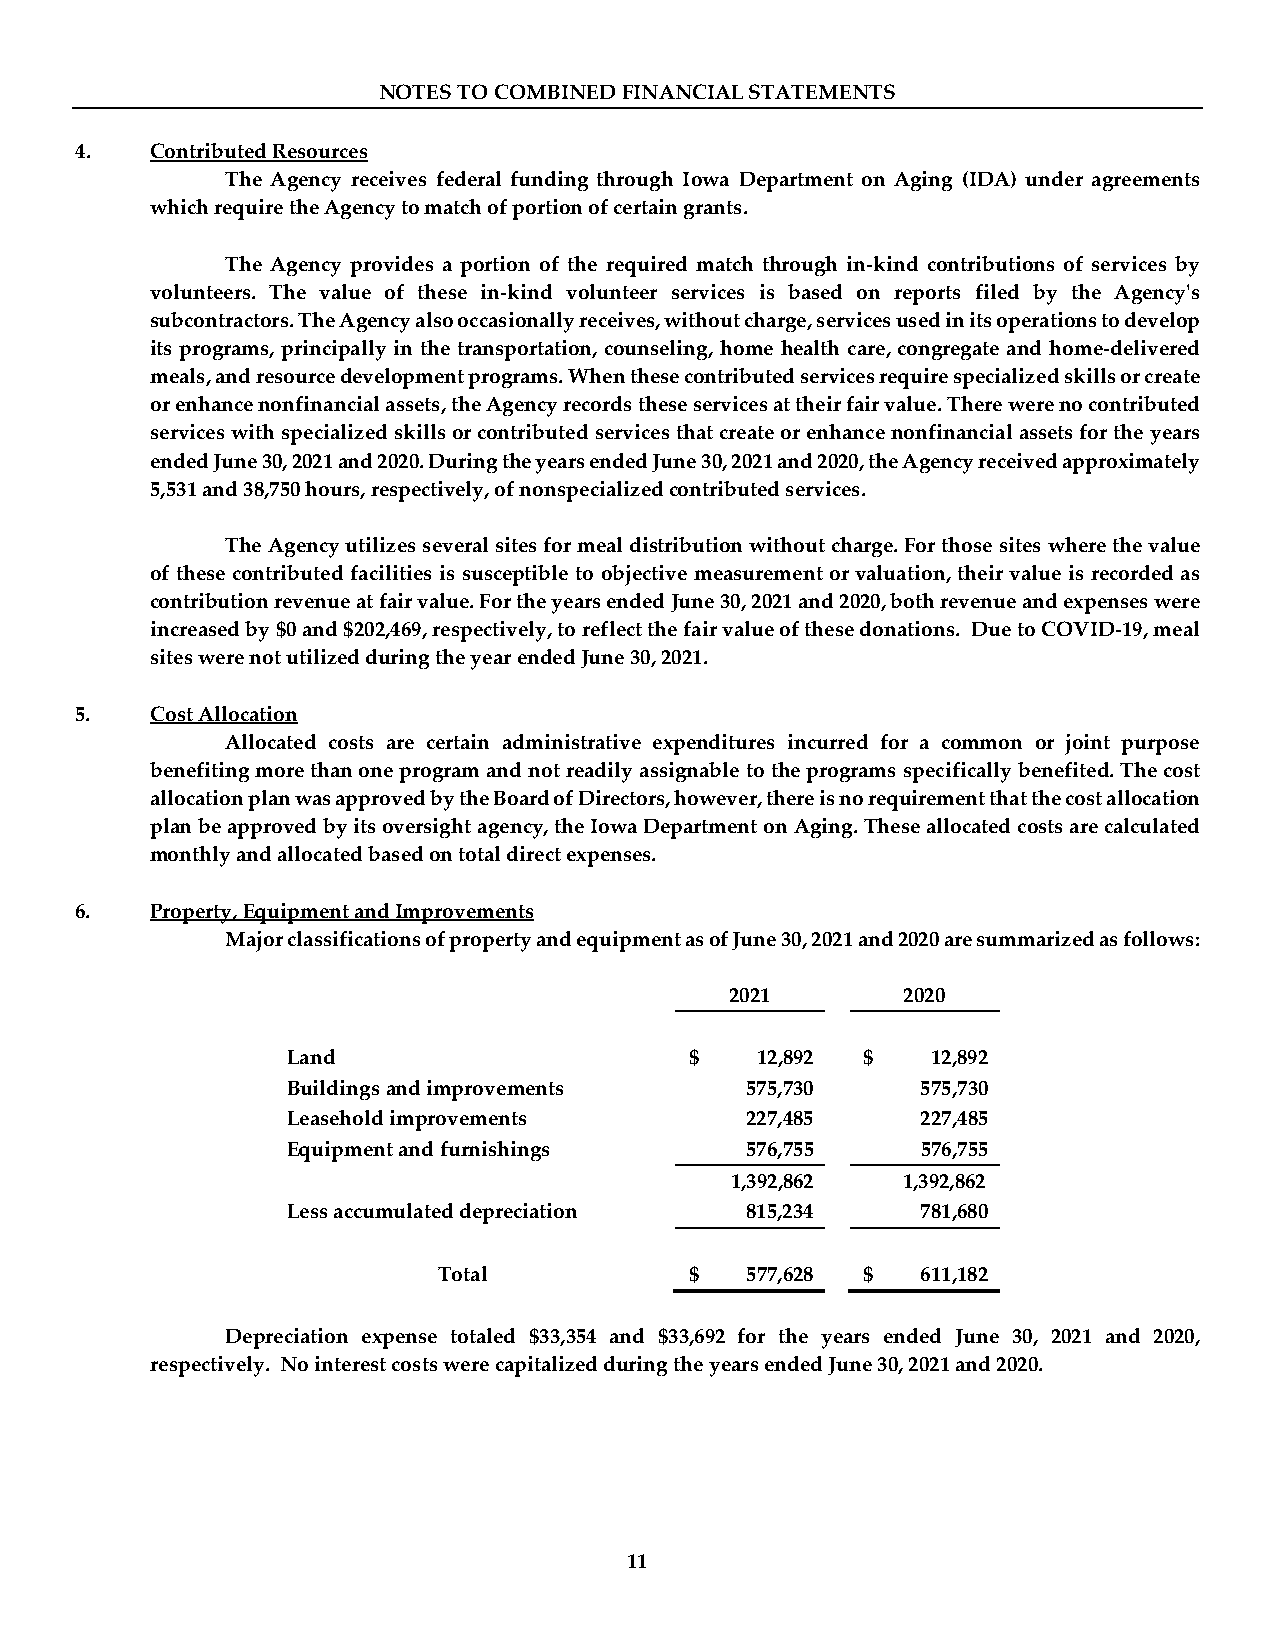
NOTES TO COMBINED FINANCIAL STATEMENTS
 4.   Contributed Resources
 The Agency receives federal funding through Iowa Department on Aging (IDA) under agreements
 which require the Agency to match of portion of certain grants.
 The Agency provides a portion of the required match through in-kind contributions of services by
 volunteers. The value of these in-kind volunteer services is based on reports filed by the Agency's
 subcontractors. The Agency also occasionally receives, without charge, services used in its operations to develop
 its programs, principally in the transportation, counseling, home health care, congregate and home-delivered
 meals, and resource development programs. When these contributed services require specialized skills or create
 or enhance nonfinancial assets, the Agency records these services at their fair value. There were no contributed
 services with specialized skills or contributed services that create or enhance nonfinancial assets for the years
 ended June 30, 2021 and 2020. During the years ended June 30, 2021 and 2020, the Agency received approximately
 5,531 and 38,750 hours, respectively, of nonspecialized contributed services.
 The Agency utilizes several sites for meal distribution without charge. For those sites where the value
 of these contributed facilities is susceptible to objective measurement or valuation, their value is recorded as
 contribution revenue at fair value. For the years ended June 30, 2021 and 2020, both revenue and expenses were
 increased by $0 and $202,469, respectively, to reflect the fair value of these donations. Due to COVID-19, meal
 sites were not utilized during the year ended June 30, 2021.
 5.   Cost Allocation
 Allocated costs are certain administrative expenditures incurred for a common or joint purpose
 benefiting more than one program and not readily assignable to the programs specifically benefited. The cost
 allocation plan was approved by the Board of Directors, however, there is no requirement that the cost allocation
 plan be approved by its oversight agency, the Iowa Department on Aging. These allocated costs are calculated
 monthly and allocated based on total direct expenses.
 6.   Property, Equipment and Improvements
 Major classifications of property and equipment as of June 30, 2021 and 2020 are summarized as follows:
 2021        2020
 Land                       $   12,892 $    12,892
 Buildings and improvements    575,730     575,730
 Leasehold improvements        227,485     227,485
 Equipment and furnishings     576,755     576,755
 1,392,862   1,392,862
 Less accumulated depreciation 815,234     781,680
 Total            $  577,628 $   611,182
 Depreciation expense totaled $33,354 and $33,692 for the years ended June 30, 2021 and 2020,
 respectively. No interest costs were capitalized during the years ended June 30, 2021 and 2020.
 11